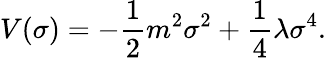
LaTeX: V(\sigma)=-\frac{1}{2}m^{2}\sigma^{2}+\frac{1}{4}\lambda\sigma^{4}.